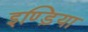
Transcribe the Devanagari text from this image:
इण्ड़िया